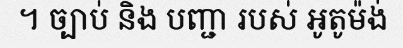
។ ច្បាប់ និង បញ្ជា របស់ អូតូម៉ង់